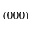
( 0 0 0 )